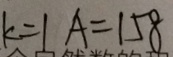
K = 1 A = 1 5 8